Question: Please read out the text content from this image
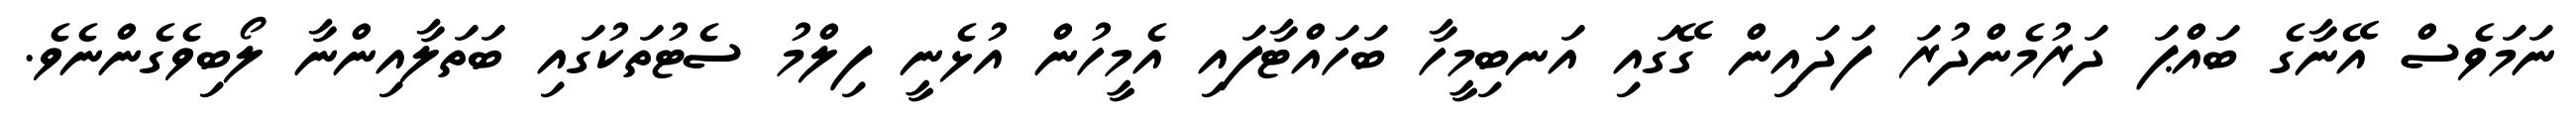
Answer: ނަމަވެސް އޭނާގެ ބައްޕަ ދަރުމެންދުރަ ފަދައިން ގޭގައި އަނބިމީހާ ބަހައްޓާފައި އެމީހުން އުޅެނީ ފިލްމު ސެޓުތަކުގައި ބަތަލާއިންނާ ލޯބިވެގެންނެވެ.